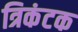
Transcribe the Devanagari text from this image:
त्रिकंटक